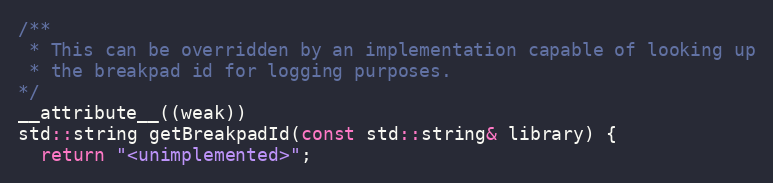
Language: C++
/**
 * This can be overridden by an implementation capable of looking up
 * the breakpad id for logging purposes.
*/
__attribute__((weak))
std::string getBreakpadId(const std::string& library) {
  return "<unimplemented>";